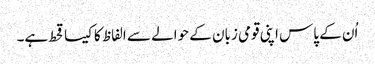
اُن کے پاس اپنی قومی زبان کے حوالے سے الفاظ کا کیسا قحط ہے۔